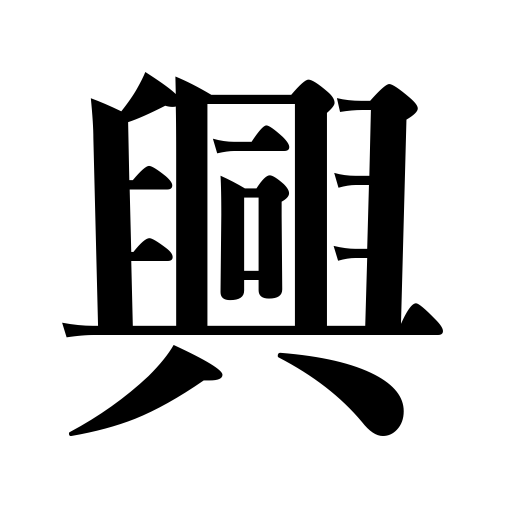
Meanings: flourish,interest,pleasure,entertainment,retrieve fortunes,revive,raise up,rise